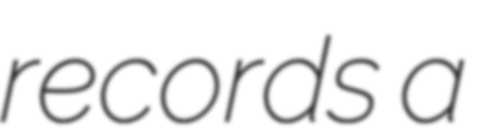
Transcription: records a